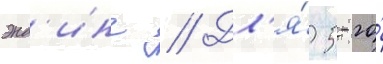
энд'инг // Дл'я́ 5-го́